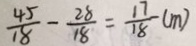
\frac { 4 5 } { 1 8 } - \frac { 2 8 } { 1 8 } = \frac { 1 7 } { 1 8 } ( m )